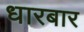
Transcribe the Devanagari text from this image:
धारबार